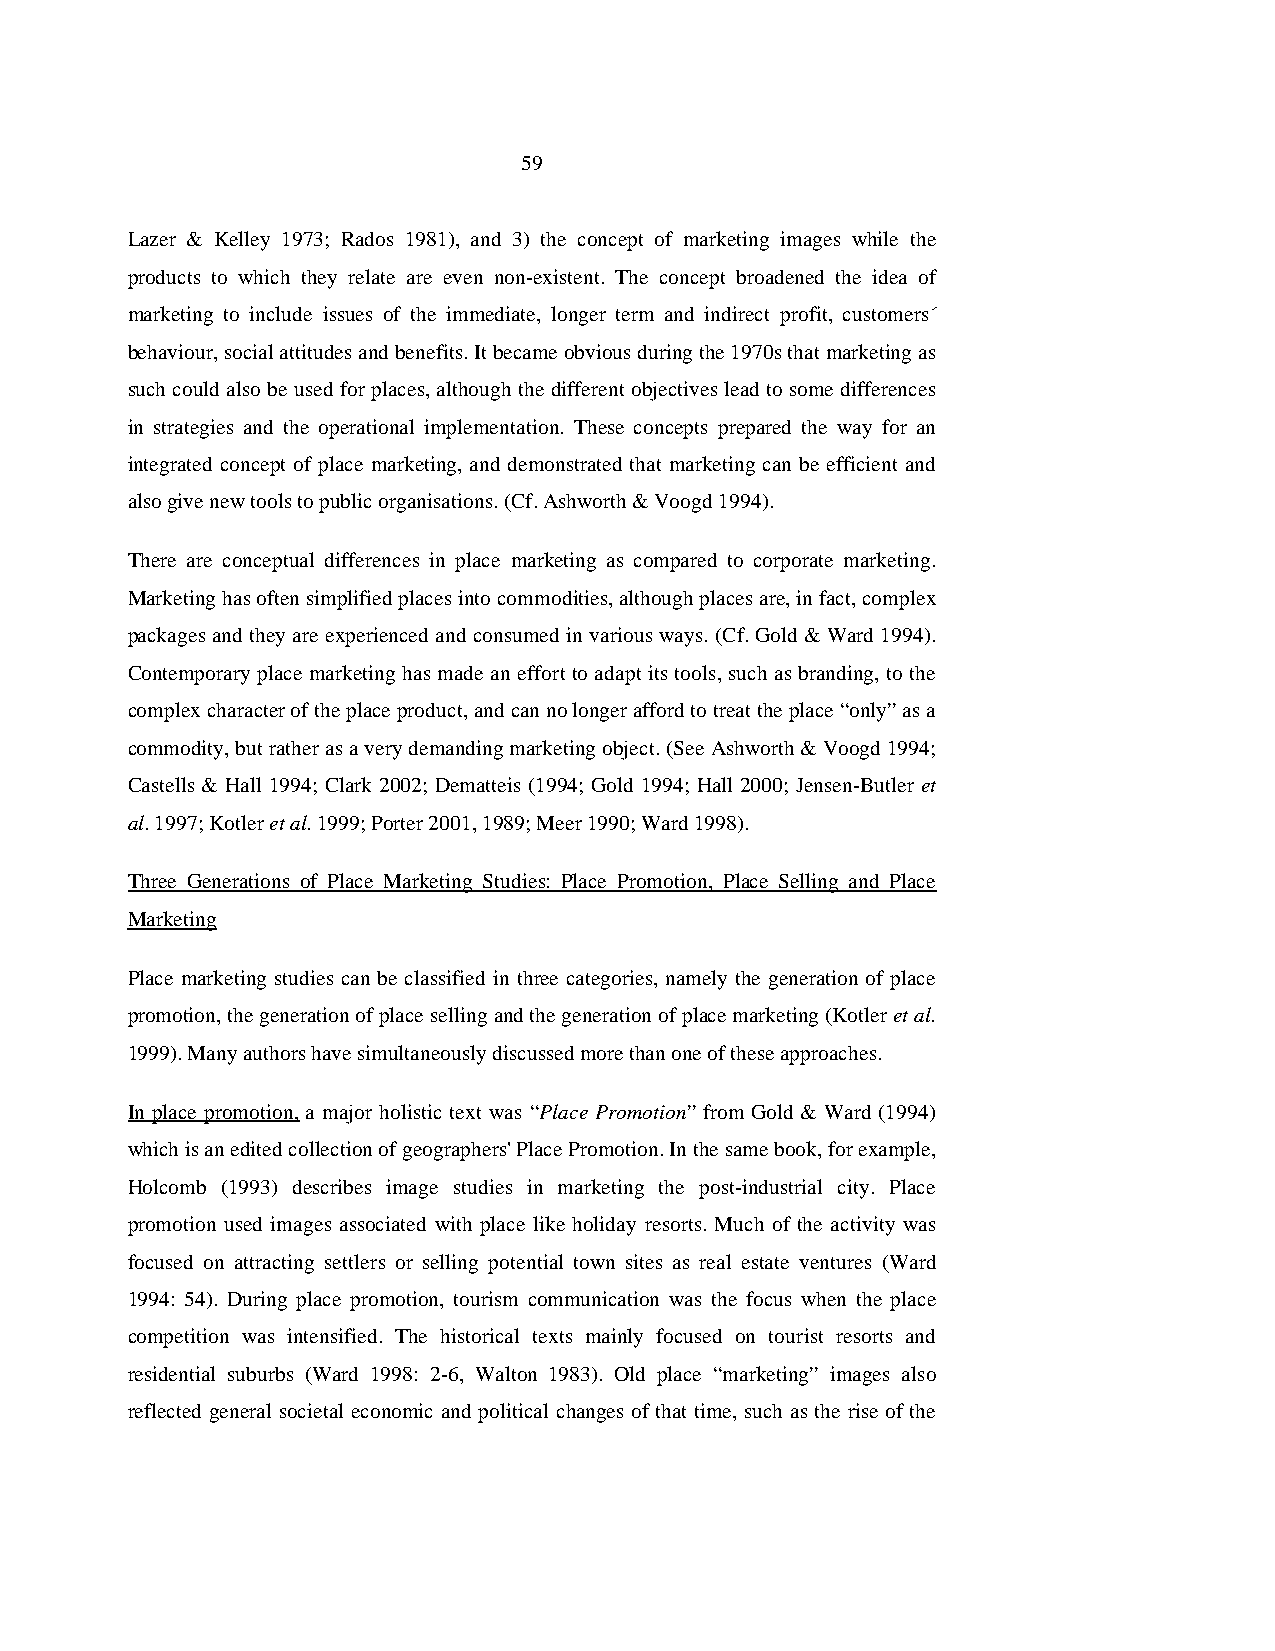
59
 Lazer & Kelley 1973; Rados 1981), and 3) the concept of marketing images while the
 products to which they relate are even non-existent. The concept broadened the idea of
 marketing to include issues of the immediate, longer term and indirect profit, customers´
 behaviour, social attitudes and benefits. It became obvious during the 1970s that marketing as
 such could also be used for places, although the different objectives lead to some differences
 in strategies and the operational implementation. These concepts prepared the way for an
 integrated concept of place marketing, and demonstrated that marketing can be efficient and
 also give new tools to public organisations. (Cf. Ashworth & Voogd 1994).
 There are conceptual differences in place marketing as compared to corporate marketing.
 Marketing has often simplified places into commodities, although places are, in fact, complex
 packages and they are experienced and consumed in various ways. (Cf. Gold & Ward 1994).
 Contemporary place marketing has made an effort to adapt its tools, such as branding, to the
 complex character of the place product, and can no longer afford to treat the place “only” as a
 commodity, but rather as a very demanding marketing object. (See Ashworth & Voogd 1994;
 Castells & Hall 1994; Clark 2002; Dematteis (1994; Gold 1994; Hall 2000; Jensen-Butler et
 al. 1997; Kotler et al. 1999; Porter 2001, 1989; Meer 1990; Ward 1998).
 Three Generations of Place Marketing Studies: Place Promotion, Place Selling and Place
 Marketing
 Place marketing studies can be classified in three categories, namely the generation of place
 promotion, the generation of place selling and the generation of place marketing (Kotler et al.
 1999). Many authors have simultaneously discussed more than one of these approaches.
 In place promotion, a major holistic text was “Place Promotion” from Gold & Ward (1994)
 which is an edited collection of geographers' Place Promotion. In the same book, for example,
 Holcomb (1993) describes image studies in marketing the post-industrial city. Place
 promotion used images associated with place like holiday resorts. Much of the activity was
 focused on attracting settlers or selling potential town sites as real estate ventures (Ward
 1994: 54). During place promotion, tourism communication was the focus when the place
 competition was intensified. The historical texts mainly focused on tourist resorts and
 residential suburbs (Ward 1998: 2-6, Walton 1983). Old place “marketing” images also
 reflected general societal economic and political changes of that time, such as the rise of the